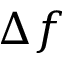
\Delta f